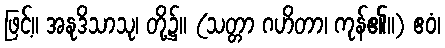
ဖြင့်။ အနုဒိသာသု၊ တို့၌။ (သတ္တာ ဂဟိတာ၊ ကုန်၏။) ဧဝံ၊